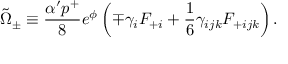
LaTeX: \tilde { \Omega } _ { \pm } \equiv { \frac { \alpha ^ { \prime } p ^ { + } } { 8 } } e ^ { \phi } \left( \mp \gamma _ { i } F _ { + i } + { \frac { 1 } { 6 } } \gamma _ { i j k } F _ { + i j k } \right) .